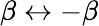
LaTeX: \beta\leftrightarrow-\beta